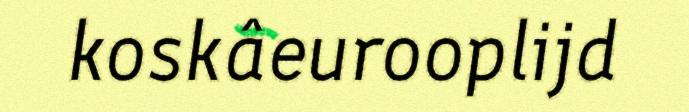
koskâeurooplijd